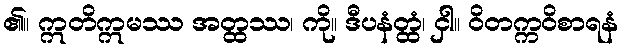
၏။ ဣတိဣမဿ အတ္ထဿ၊ ကို။ ဒီပနံတ္ထံ၊ ငှါ။ ဝိတက္ကဝိစာရနံ